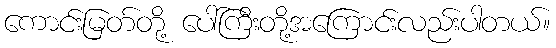
ကောင်းမြတ်တို့ ပေါ်ကြီးတို့အကြောင်းလည်းပါတယ်။